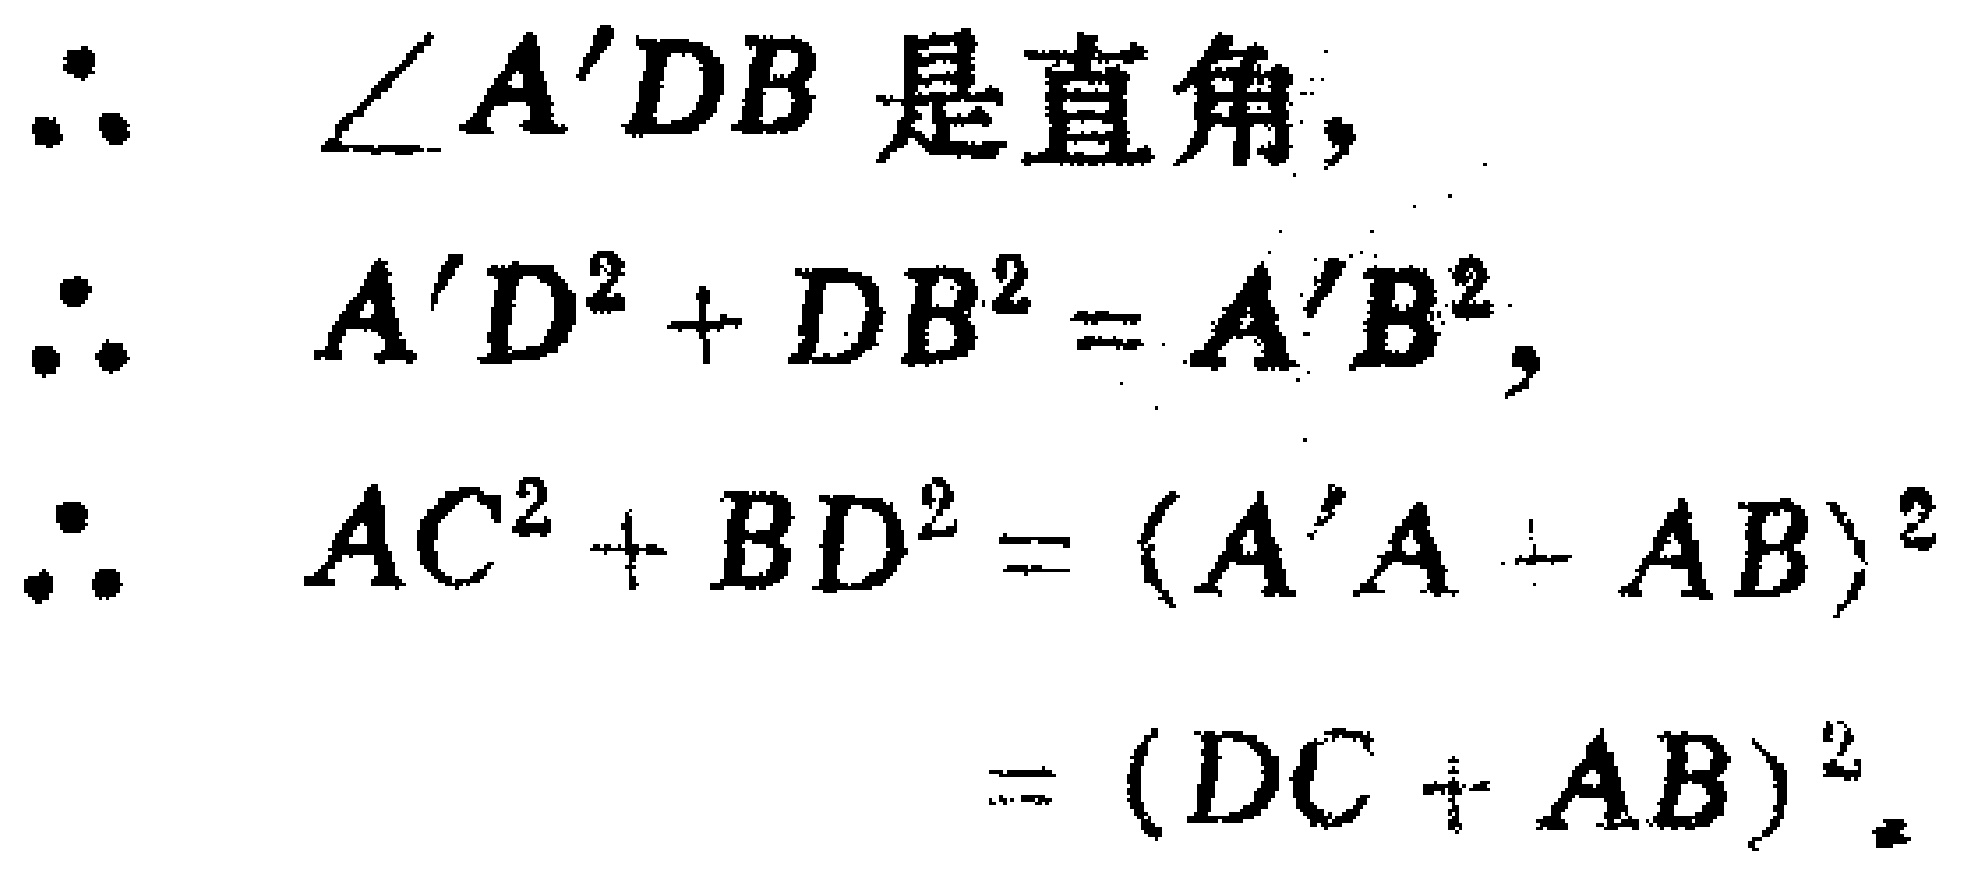
\begin{align*}
&\because \angle A'DB \text{ 是直角},\\
&\therefore A'D^{2}+DB^{2}=A'B^{2},\\
&\therefore AC^{2}+BD^{2}=(A'A + AB)^{2}\\
&=(DC + AB)^{2}.
\end{align*}